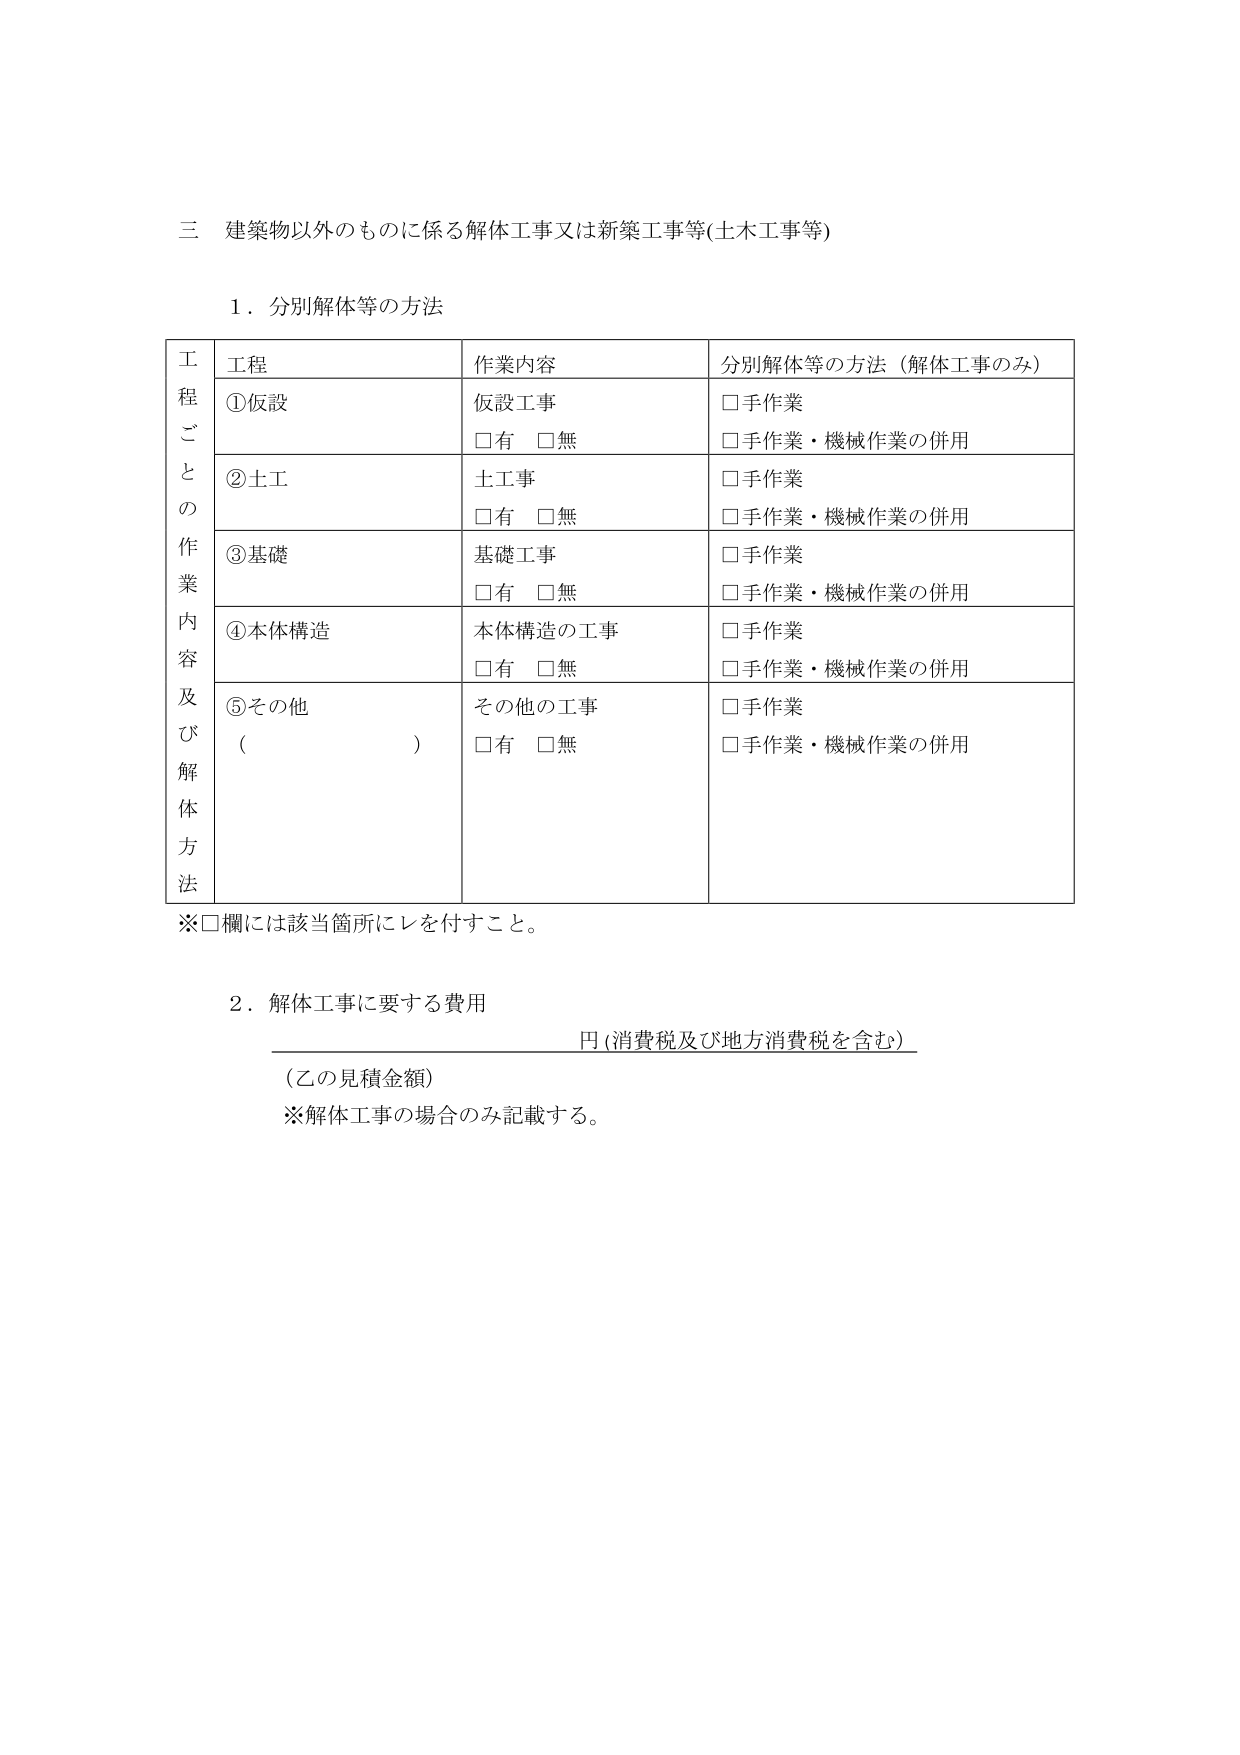
三 建築物以外のものに係る解体工事又は新築工事等(土木工事等)

１．分別解体等の方法

工程ごとの作業内容及び解体方法

工程 作業内容 分別解体等の方法（解体工事のみ）

①仮設 仮設工事 □手作業
□有 □無 □手作業・機械作業の併用

②土工 土工事 □手作業
□有 □無 □手作業・機械作業の併用

③基礎 基礎工事 □手作業
□有 □無 □手作業・機械作業の併用

④本体構造 本体構造の工事 □手作業
□有 □無 □手作業・機械作業の併用

⑤その他 その他の工事 □手作業
（　　　　　　　　） □有 □無 □手作業・機械作業の併用

※□欄には該当箇所にレを付すこと。

２．解体工事に要する費用

　　　　　　　　　　　　　　　　　　円（消費税及び地方消費税を含む）

（乙の見積金額）

※解体工事の場合のみ記載する。